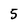
Character: 5